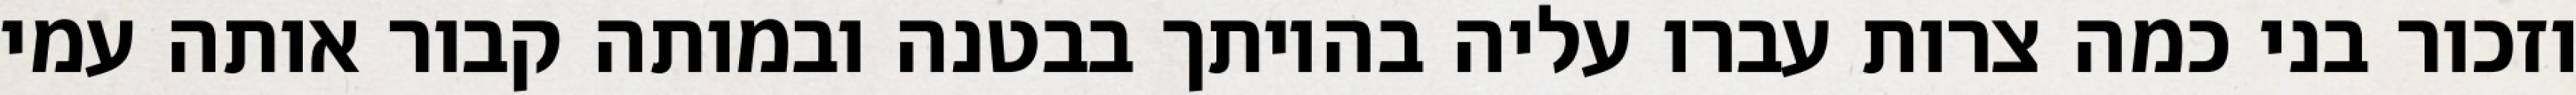
וזכור בני כמה צרות עברו עליה בהיותך בבטנה ובמותה קבור אותה עמי